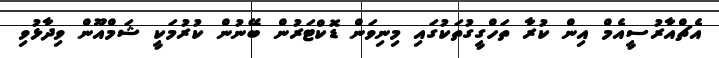
އެޗްއާރުސީއެމް އިން ކުރާ ތަހްގީގުތަކުގައި މިނިވަން ޑޮކްޓަރުން ބޭނުން ކުރުމަކީ ޝަމްއޫން ވިދާޅުވި